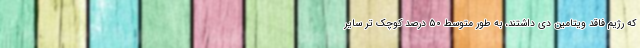
که رژیم فاقد ویتامین دی داشتند، به طور متوسط ۵۰ درصد کوچک تر سایر